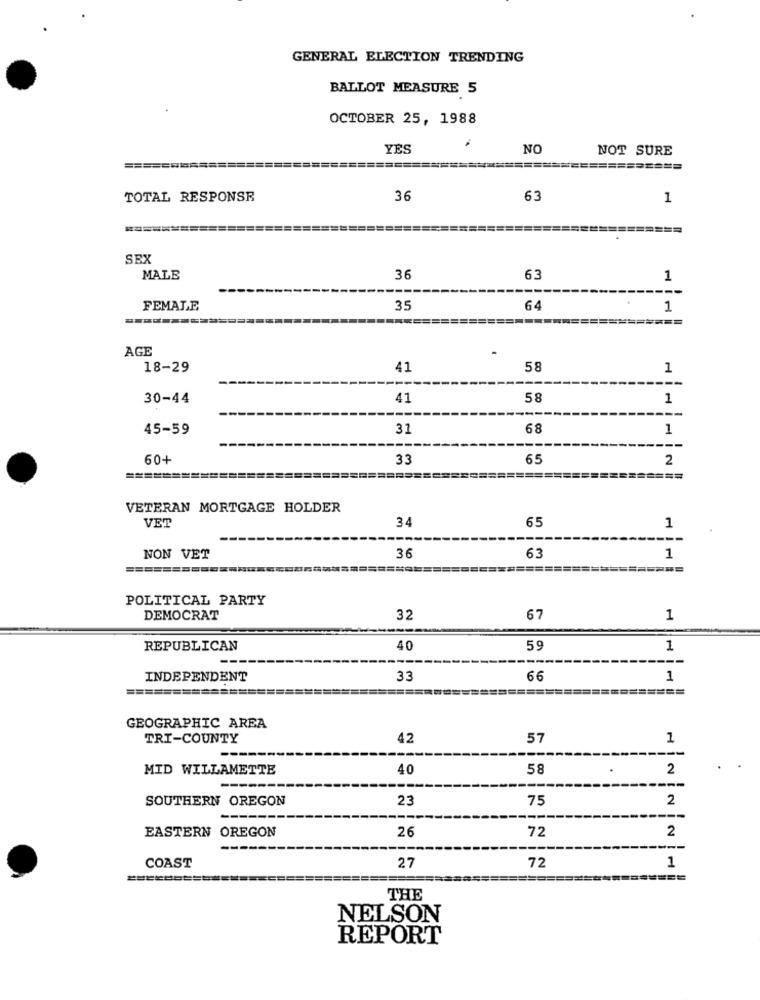
GENERAL ELECTION TRENDING
BALLOT MEASURE 5
OCTOBER 25, 1988
YES
NO
NOT SURE
=========
TOTAL RESPONSE
36
63
1
SEX
MALE
36
63
1
FEMALE
35
64
1
AGE
18-29
41
58
1
---
30-44
41
58
1
45-59
31
68
1
60+
33
65
2
=========
====
VETERAN MORTGAGE HOLDER
VET
34
65
1
NON VET
36
63
1
POLITICAL PARTY
DEMOCRAT
32
67
1
REPUBLICAN
40
59
1
--
INDEPENDENT
33
66
1
GEOGRAPHIC AREA
TRI-COUNTY
42
57
1
-
MID WILLAMETTE
40
58
.
2
SOUTHERN OREGON
23
75
2
EASTERN OREGON
26
72
2
---
1
COAST
27
72
THE
NELSON
REPORT